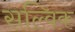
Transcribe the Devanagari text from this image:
सल्विक